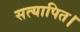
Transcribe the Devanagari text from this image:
सत्यापित।